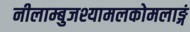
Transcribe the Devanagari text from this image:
नीलाम्बुजश्यामलकोमलाङ्गं